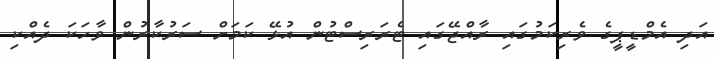
އަދި އެމްޑީޕީގެ ވެރިކަމުގައި ރާއްޖޭގައި ޓެރަރިސްޓުން އުޅޭ ކަމަށް ސަރުކާރުން ވާހަކަ ދެއްކި